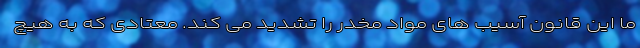
ما این قانون آسیب های مواد مخدر را تشدید می کند. معتادی که به هیچ